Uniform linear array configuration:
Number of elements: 12
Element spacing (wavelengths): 0.75
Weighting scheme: hamming
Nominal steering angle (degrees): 60
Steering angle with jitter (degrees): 59.113
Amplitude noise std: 0.05
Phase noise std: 0.05

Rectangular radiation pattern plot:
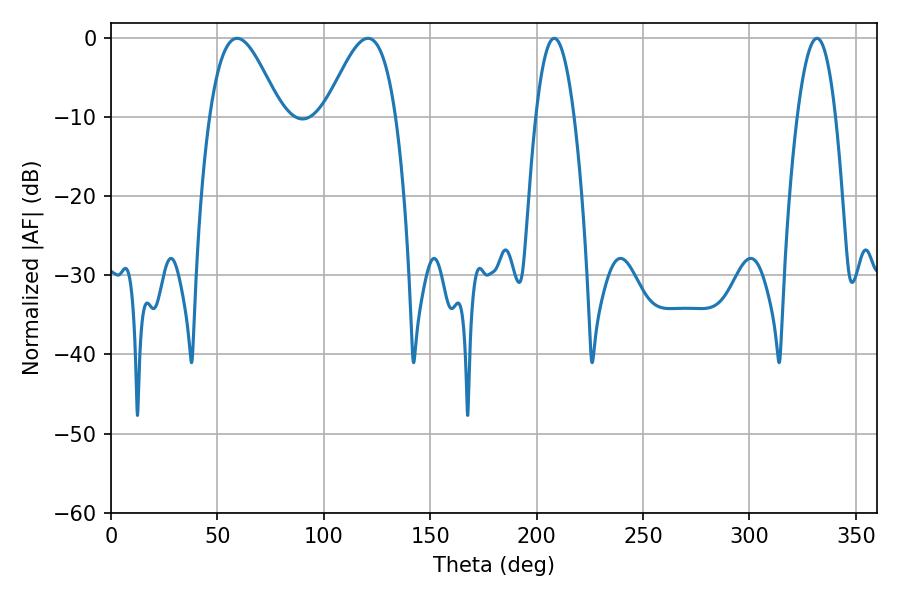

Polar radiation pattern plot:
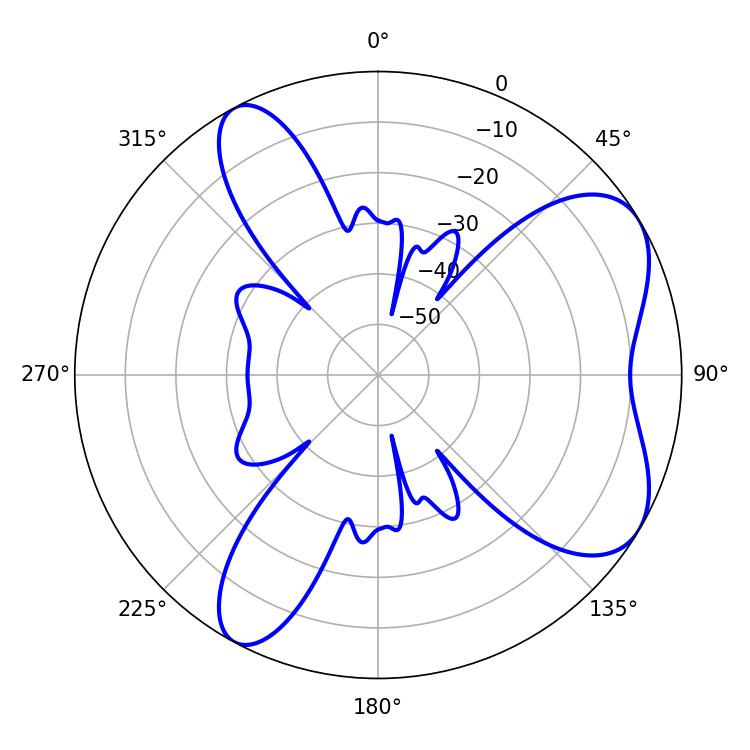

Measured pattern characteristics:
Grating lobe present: TRUE
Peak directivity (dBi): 6.512
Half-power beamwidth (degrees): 17.82
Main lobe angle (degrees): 59.22